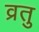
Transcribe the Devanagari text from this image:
व्रतु